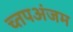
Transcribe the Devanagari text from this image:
च्तपअंजम